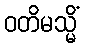
ဝတိမသ္မိံ